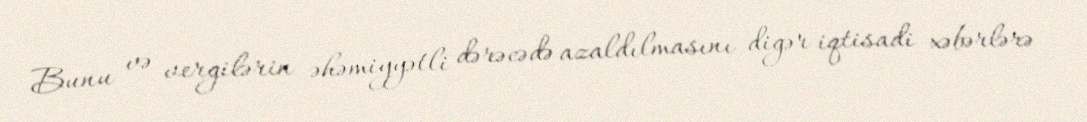
Bunu və vergilərin əhəmiyyətli dərəcədə azaldılmasını digər iqtisadi xəbərlərə